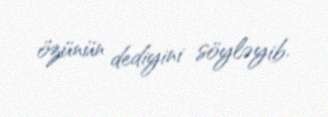
özünün dediyini söyləyib.